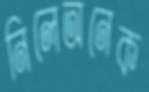
নিলেঅনেক